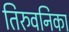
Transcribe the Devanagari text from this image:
तिरुवनिका